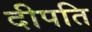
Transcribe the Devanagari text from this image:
दीपति